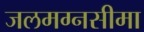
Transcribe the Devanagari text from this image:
जलमग्नसीमा